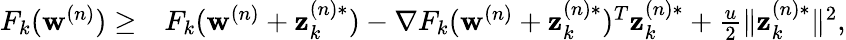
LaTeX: \begin{array}{rl}{F_{k}(\mathbf{w}^{(n)})\geq}&{F_{k}(\mathbf{w}^{(n)}+\mathbf{z}_{k}^{(n)*})-\nabla F_{k}(\mathbf{w}^{(n)}+\mathbf{z}_{k}^{(n)*})^{T}\mathbf{z}_{k}^{(n)*}+\frac{u}{2}\| \mathbf{z}_{k}^{(n)*}\| ^{2},}\end{array}